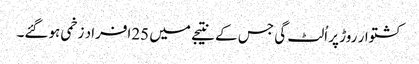
کشتوار روڑ پر اُلٹ گی جس کے نتیجے میں 25افراد زخمی ہوگئے۔